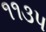
૧૧૩૫